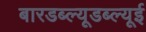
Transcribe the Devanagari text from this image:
बारडब्ल्यूडब्ल्यूई